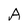
Character: A